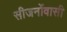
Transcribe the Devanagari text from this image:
सीजर्नोवासी